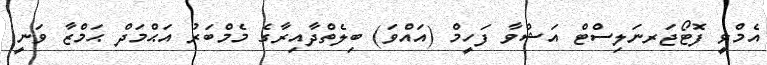
އެމްވީ ފޮޓޯޖަރނަލިސްޓް އަޝްވާ ފަހީމް (އައްވަ) ބިލެތްދާއިރާގެ މެމްބަރު އަޙްމަދް ޙަމްޒާ ވަނީ